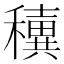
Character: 𥣢